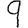
Digit: 9